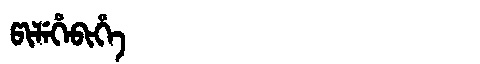
Manchu: ᡦᡳᠯᡝᡥᡝᠪᡳᡥᡝ
Romanization: PILEHEBIHE